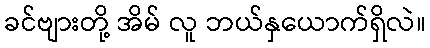
ခင်ဗျားတို့ အိမ် လူ ဘယ်နှယောက်ရှိလဲ။